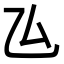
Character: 𠫕